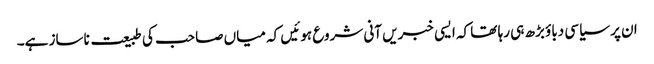
ان پر سیاسی دباؤ بڑھ ہی رہا تھا کہ ایسی خبریں آنی شروع ہوئیں کہ میاں صاحب کی طبیعت ناساز ہے۔